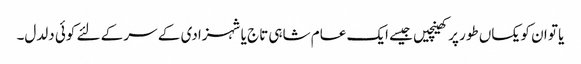
یا تو ان کو یکساں طور پر کھینچیں جیسے ایک عام شاہی تاج یا شہزادی کے سر کے لئے کوئی دلدل۔